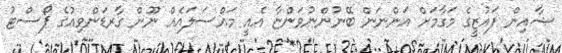
ޝާއިން ފައުޒީގެ މަގާމަށް އަންނަން ބޭނުންނުވަންޏާ އެއީ މައްސަލައެއް ނޫން ގާރޑަންވިއުގެ ޕޯސްޓު